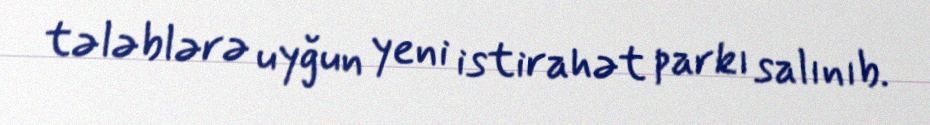
tələblərə uyğun yeni istirahət parkı salınıb.